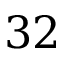
3 2